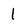
Character: l